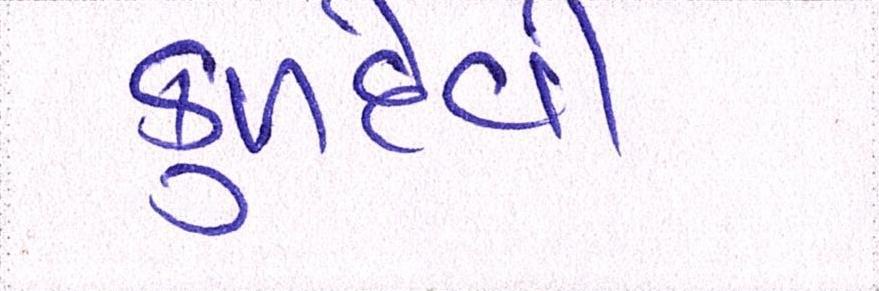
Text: કુળદેવી